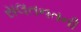
સલતનતની